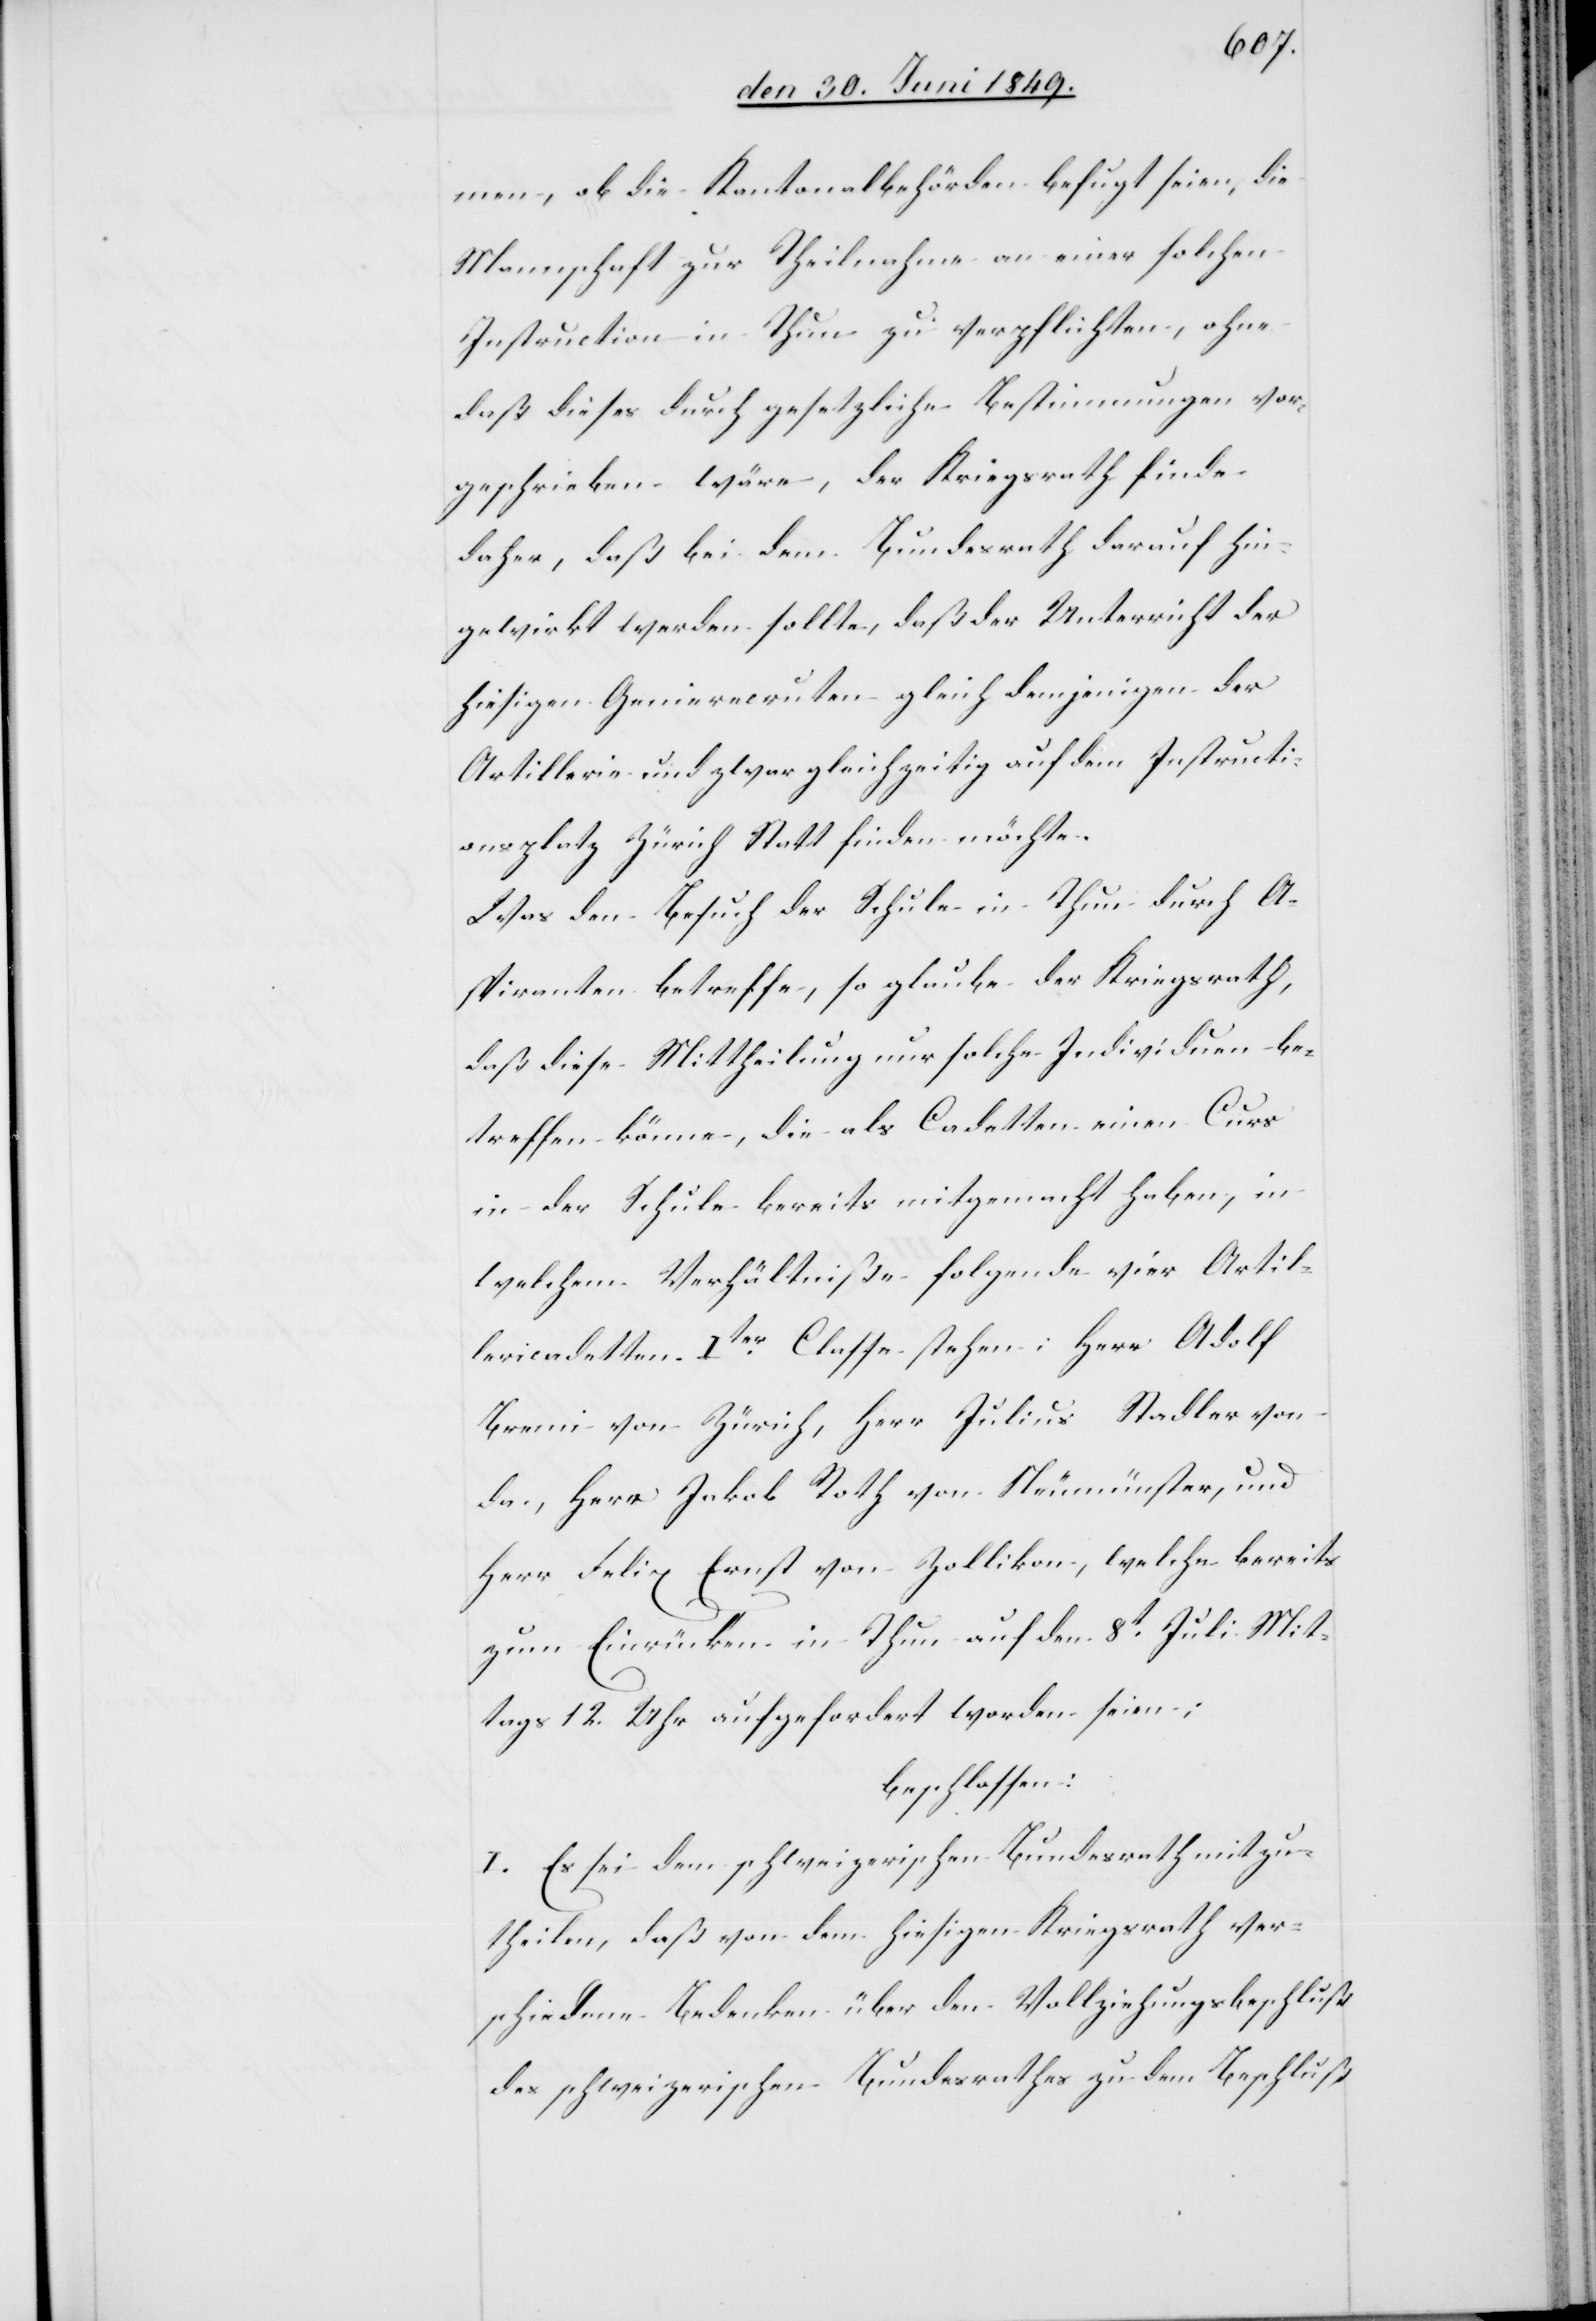
men, ob die Kantonalbehörden befugt seien, die
Mannschaft zur Theilnahme an einer solchen
Instruction in Thun zu verpflichten, ohne
daß dieses durch gesetzliche Bestimmungen vor¬
geschrieben wäre, der Kriegsrath finde
daher, daß bei dem Bundesrath darauf hin¬
gewirkt werden sollte, daß der Unterricht der
hiesigen Genierecruten gleich demjenigen der
Artillerie und zwar gleichzeitig auf dem Instructi¬
onsplatz Zürich Statt finden möchte.
Was den Besuch der Schule in Thun durch A¬
spiranten betreffe, so glaube der Kriegsrath,
daß diese Mittheilung nur solche Individuen be¬
treffen könne, die als Cadetten einen Curs
in der Schule bereits mitgemacht haben, in
welchem Verhältniße folgende vier Artil¬
leriecadetten Iter Classe stehen: Herr Adolf
Bremi von Zürich, Herr Julius Stadler von
da, Herr Jakob Roth von Neumünster, und
Herr Felix Ernst von Zollikon, welche bereits
zum Einrücken in Thun auf den 8t Juli Mit¬
tags 12. Uhr aufgefordert worden seien:
beschlossen:
I. Es sei dem schweizerischen Bundesrath mitzu¬
theilen, daß von dem hiesigen Kriegsrath ver¬
schiedene Bedenken über den Vollziehungsbeschluß
des schweizerischen Bundesrathes zu dem Beschluß